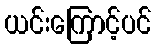
ယင်းကြောင့်ပင်